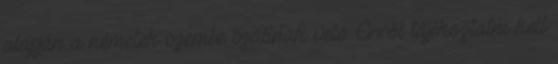
alapján a németek szembe szállnak vele. Erről tájékoztatni kell